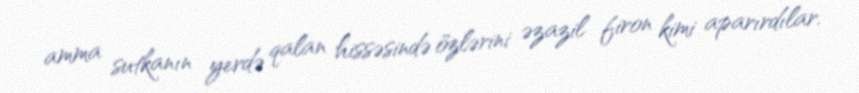
amma sutkanın yerdə qalan hissəsində özlərini əzazil firon kimi aparırdılar.